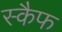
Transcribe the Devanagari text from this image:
स्कैफ